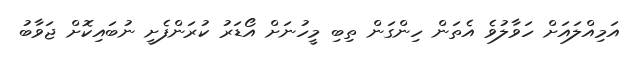
އަމިއްލައަށް ހަވާލުވެ އެތަން ހިންގަން ތިބި މީހުނަށް އޯޑަރު ކުރަންފެށީ ނުބައިކޮށް ޖަވާބު